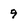
Character: 9